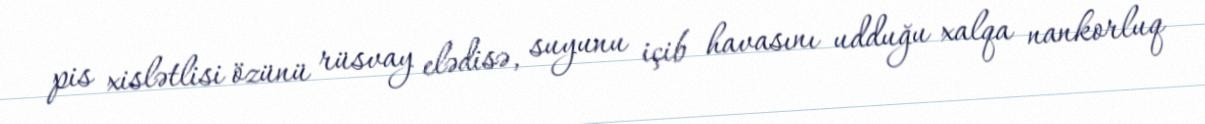
pis xislətlisi özünü rüsvay elədisə, suyunu içib havasını udduğu xalqa nankorluq